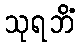
သုရဘိံ